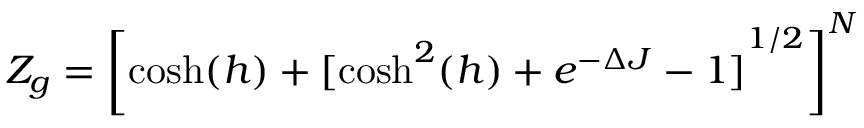
Z _ { g } = { \left[ \cosh ( h ) + [ { \cosh ^ { 2 } ( h ) + e ^ { - \Delta J } - 1 ] } ^ { 1 / 2 } \right] } ^ { N }